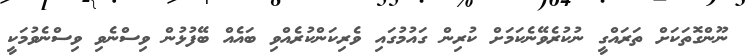
ނޫންގޮތަކަށް ތަރައްގީ ނުކުރެވޭނެކަމަށް ކުރިން ގައުމުގައި ވެރިކަންކުރެއްވި ބައެއް ބޭފުޅުން ވިސްނެވި ވިސްނެވުމަކީ